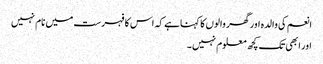
انعم کی والدہ اور گھر والوں کا کہناہے کہ اس کا فہرست میں نام نہیں
اور ابھی تک کچھ معلوم نہیں ۔